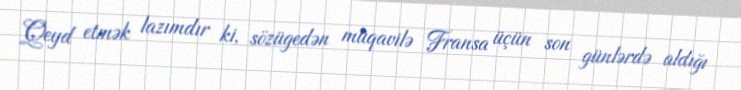
Qeyd etmək lazımdır ki, sözügedən müqavilə Fransa üçün son günlərdə aldığı